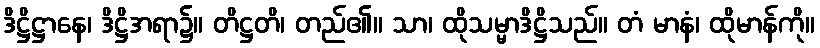
ဒိဋ္ဌိဋ္ဌာနေ၊ ဒိဋ္ဌိအရာ၌။ တိဋ္ဌတိ၊ တည်၏။ သာ၊ ထိုသမ္မာဒိဋ္ဌိသည်။ တံ မာနံ၊ ထိုမာန်ကို။